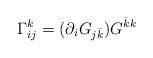
LaTeX: \begin{align*}\Gamma_{ij}^{k} = (\partial_i G_{j{\bar k}}) G^{{\bar k}k}\end{align*}